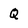
Character: Q